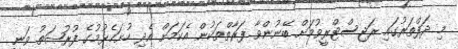
މި ދަފްތަރުގައި ރަޖިސްޓްރީވުމަށް ބޭނުންވާ ފަރާތްތަކުން އެކަމަށް އެދި ހުށަހެޅުމުގެ ފުރުޞަތު ވަނީ